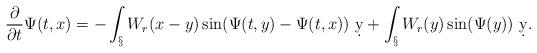
LaTeX: \begin{align*}\frac{\partial}{\partial t}\Psi(t,x) &= -\int_\S W_r(x-y)\sin(\Psi(t,y)-\Psi(t,x))\ \d y + \int_\S W_r(y)\sin(\Psi(y))\ \d y.\end{align*}